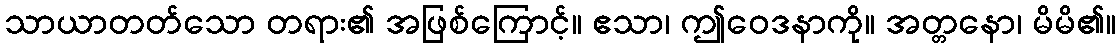
သာယာတတ်သော တရား၏ အဖြစ်ကြောင့်။ ဧသာ၊ ဤဝေဒနာကို။ အတ္တနော၊ မိမိ၏။